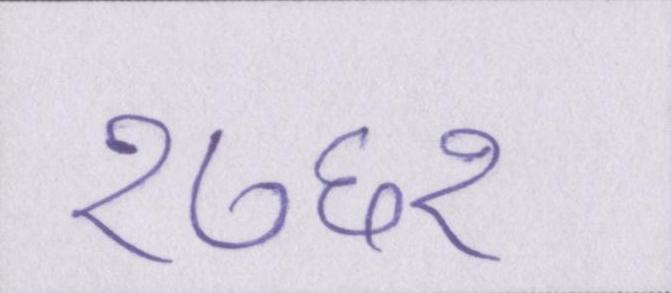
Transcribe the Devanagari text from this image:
१७६१